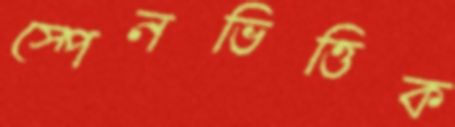
স্পেনভিত্তিক